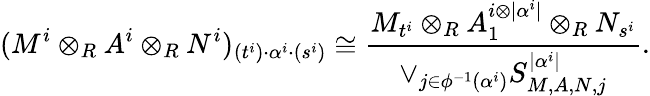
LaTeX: (M^{i}\otimes_{R}A^{i}\otimes_{R}N^{i})_{(t^{i})\cdot\alpha^{i}\cdot(s^{i})}\cong\frac{M_{t^{i}}\otimes_{R}A_{1}^{i\otimes|\alpha^{i}|}\otimes_{R}N_{s^{i}}}{\vee_{j\in\phi^{-1}(\alpha^{i})}S_{M,A,N,j}^{|\alpha^{i}|}}.